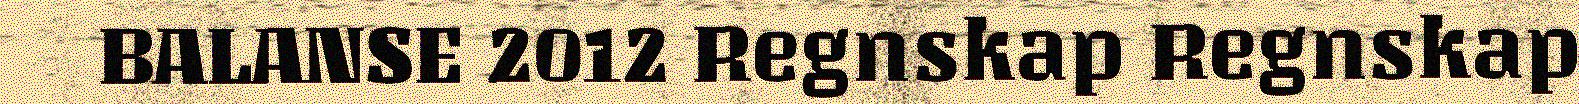
BALANSE 2012 Regnskap Regnskap